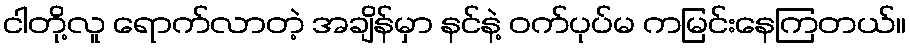
ငါတို့လူ ရောက်လာတဲ့ အချိန်မှာ နင်နဲ့ ဝက်ပုပ်မ ကမြင်းနေကြတယ်။